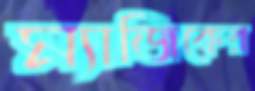
ম্যাজিকের